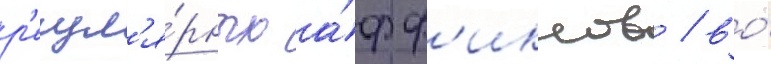
р'егул'я́рных а́фф'иксов / во́